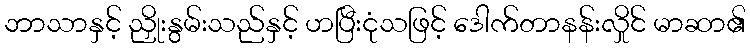
ဘာသာနှင့် ညှိုးနွမ်းသည်နှင့် ဟပြီးငုံသဖြင့် ဒေါက်တာနန်းလှိုင် မာဆာ၏